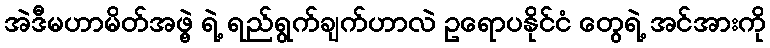
အဲဒီမဟာမိတ်အဖွဲ့ ရဲ့ ရည်ရွက်ချက်ဟာလဲ ဥရောပနိုင်ငံ တွေရဲ့ အင်အားကို